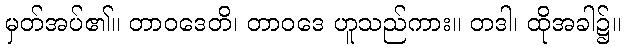
မှတ်အပ်၏။ တာဝဒေတိ၊ တာဝဒေ ဟူသည်ကား။ တဒါ၊ ထိုအခါ၌။